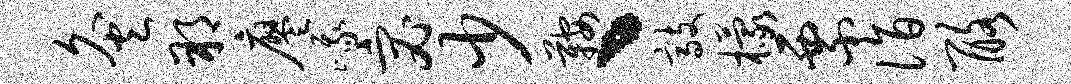
灸朔廖峨宓少鞍丶敲檬票诣酪